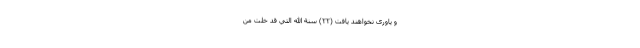
و ياورى نخواهند يافت (۲۲) سُنَّةَ اللَّهِ الَّتِي قَدْ خَلَتْ مِنْ